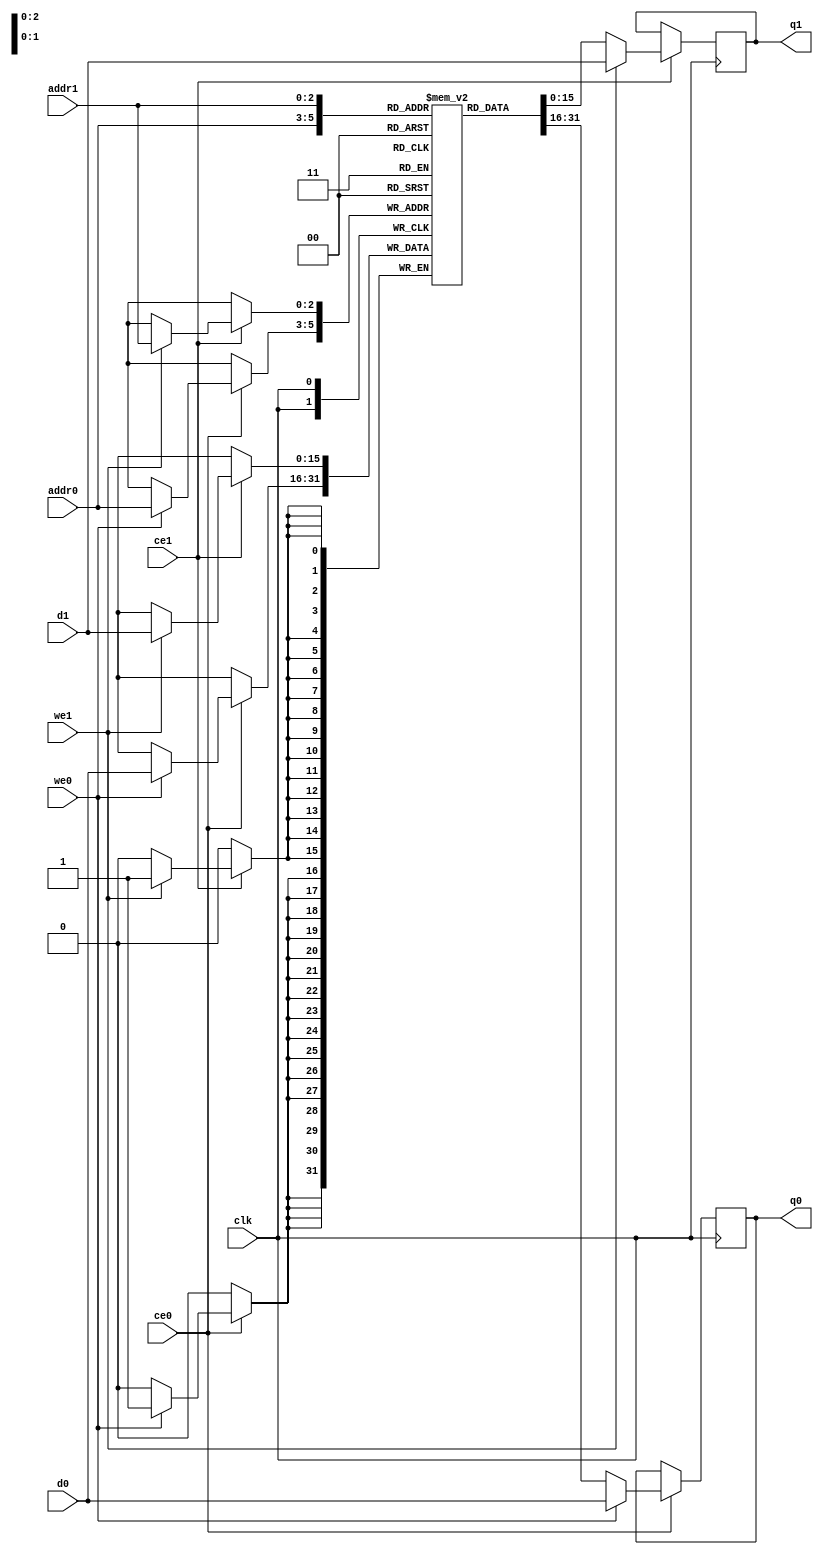
// ==============================================================
// File generated by Vivado(TM) HLS - High-Level Synthesis from C, C++ and SystemC
// Version: 2017.4
// Copyright (C) 1986-2017 Xilinx, Inc. All Rights Reserved.
// 
// ==============================================================

`timescale 1 ns / 1 ps
module conv_2_out_val_V_ram (addr0, ce0, d0, we0, q0, addr1, ce1, d1, we1, q1,  clk);

parameter DWIDTH = 16;
parameter AWIDTH = 3;
parameter MEM_SIZE = 8;

input[AWIDTH-1:0] addr0;
input ce0;
input[DWIDTH-1:0] d0;
input we0;
output reg[DWIDTH-1:0] q0;
input[AWIDTH-1:0] addr1;
input ce1;
input[DWIDTH-1:0] d1;
input we1;
output reg[DWIDTH-1:0] q1;
input clk;

(* ram_style = "block" *)reg [DWIDTH-1:0] ram[0:MEM_SIZE-1];




always @(posedge clk)  
begin 
    if (ce0) 
    begin
        if (we0) 
        begin 
            ram[addr0] <= d0; 
            q0 <= d0;
        end 
        else 
            q0 <= ram[addr0];
    end
end


always @(posedge clk)  
begin 
    if (ce1) 
    begin
        if (we1) 
        begin 
            ram[addr1] <= d1; 
            q1 <= d1;
        end 
        else 
            q1 <= ram[addr1];
    end
end


endmodule


`timescale 1 ns / 1 ps
module conv_2_out_val_V(
    reset,
    clk,
    address0,
    ce0,
    we0,
    d0,
    q0,
    address1,
    ce1,
    we1,
    d1,
    q1);

parameter DataWidth = 32'd16;
parameter AddressRange = 32'd8;
parameter AddressWidth = 32'd3;
input reset;
input clk;
input[AddressWidth - 1:0] address0;
input ce0;
input we0;
input[DataWidth - 1:0] d0;
output[DataWidth - 1:0] q0;
input[AddressWidth - 1:0] address1;
input ce1;
input we1;
input[DataWidth - 1:0] d1;
output[DataWidth - 1:0] q1;



conv_2_out_val_V_ram conv_2_out_val_V_ram_U(
    .clk( clk ),
    .addr0( address0 ),
    .ce0( ce0 ),
    .d0( d0 ),
    .we0( we0 ),
    .q0( q0 ),
    .addr1( address1 ),
    .ce1( ce1 ),
    .d1( d1 ),
    .we1( we1 ),
    .q1( q1 ));

endmodule